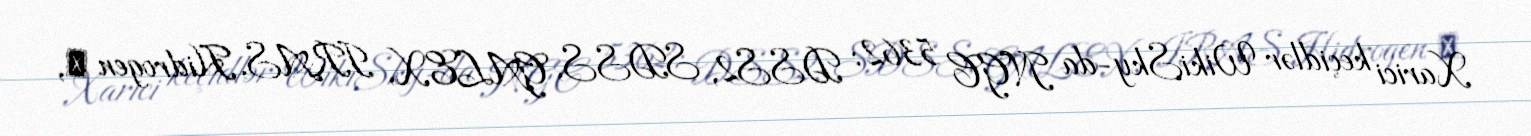
Xarici keçidlər WikiSky-da NGC 5362: DSS2, SDSS, GALEX, IRAS, Hidrogen α,